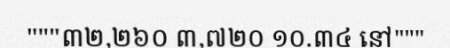
"""៣២,២៦០ ៣,៧២០ ១០.៣៤ នៅ"""